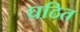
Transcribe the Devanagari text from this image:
घठित